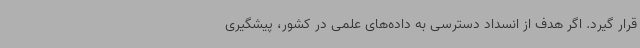
قرار گیرد. اگر هدف از انسداد دسترسی به داده‌های علمی در کشور، پیشگیری